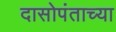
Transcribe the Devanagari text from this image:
दासोपंताच्या